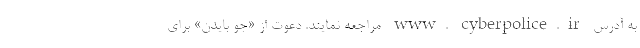
به آدرس www. cyberpolice.ir مراجعه نمایند. دعوت از «جو بایدن» برای